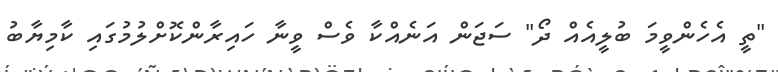
"ތީ އެހެންވީމަ ބުލީއެއް ދޯ" ސަޖަން އަނެއްކާ ވެސް ވީނާ ހައިރާންކޮށްލުމުގައި ކާމިޔާބު